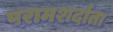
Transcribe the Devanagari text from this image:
परामशर्दाता